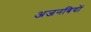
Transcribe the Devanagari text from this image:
अजनबियों